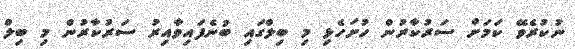
ނުކުރެވޭ ކަމަށް ސަރުކާރުން ހުށަހެޅި މި ބިލްގައި ބުނެފައިވާއިރު ސަރުކާރުން މި ބިލް